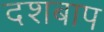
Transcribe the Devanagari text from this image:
दशबाप